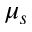
\mu _ { s }